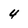
Character: 4